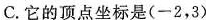
C.它的顶点坐标是(-2，3)